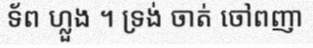
ទ័ព ហ្លួង ។ ទ្រង់ ចាត់ ចៅពញា